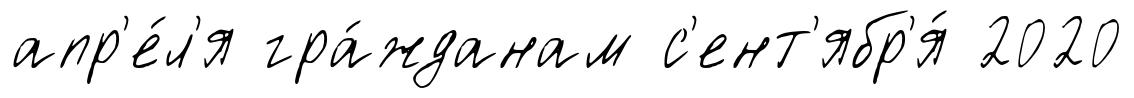
апр'е́л'я гра́жданам с'ент'ябр'я́ 2020